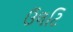
ઉલટિ